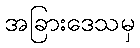
အခြားဒေသမှ